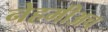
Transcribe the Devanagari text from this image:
नेहमीअच